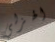
الهزلي